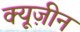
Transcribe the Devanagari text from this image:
क्यूज़ीन